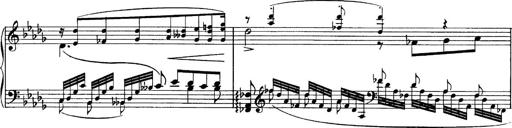
Title: Sonatina No.6
Composer: Ferruccio Busoni